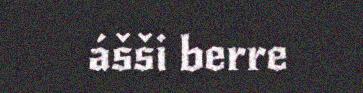
ášši berre